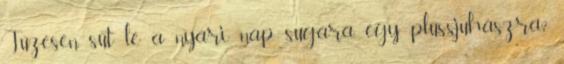
Tüzesen süt le a nyári nap sugára. egy plüssjuhászra?